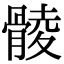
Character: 𩩡